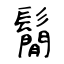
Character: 鬜